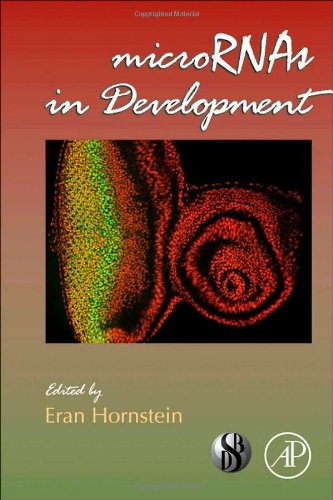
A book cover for microRNAs in Development, Volume 99 (Current Topics in Developmental Biology); Science & Math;